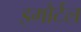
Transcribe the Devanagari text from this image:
इमौर्टल